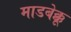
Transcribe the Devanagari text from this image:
माडबेक्कू